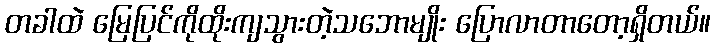
တခါထဲ မြေပြင်ကိုထိုးကျသွားတဲ့သဘောမျိုး ပြောလာတာတော့ရှိတယ်။